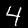
Label: 4